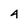
Character: 4